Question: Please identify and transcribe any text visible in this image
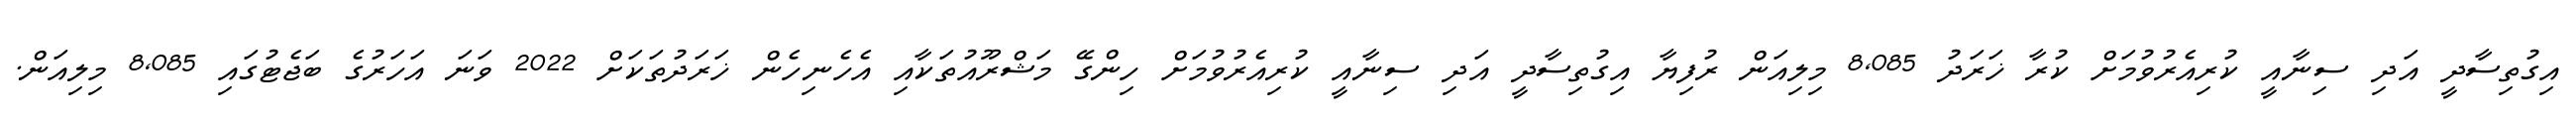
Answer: އިގުތިސާދީ އަދި ސިނާއީ ކުރިއެރުވުމަށް ކުރާ ޚަރަދު 8,085 މިލިއަން ރުފިޔާ އިގުތިސާދީ އަދި ސިނާއީ ކުރިއެރުވުމަށް ހިންގޭ މަޝްރޫއުތަކާއި އެހެނިހެން ޚަރަދުތަކަށް 2022 ވަނަ އަހަރުގެ ބަޖެޓުގައި 8,085 މިލިއަން.